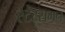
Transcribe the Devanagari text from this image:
स्टेट्समन